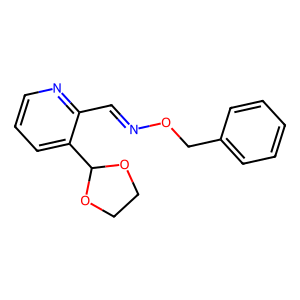
SMILES: C(=NOCc1ccccc1)c1ncccc1C1OCCO1
Inhibits HIV replication: No